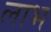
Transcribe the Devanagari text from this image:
लाभ